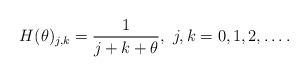
LaTeX: \begin{align*}H(\theta)_{j,k}=\frac{1}{j+k+\theta},\ j,k=0,1,2,\ldots.\end{align*}